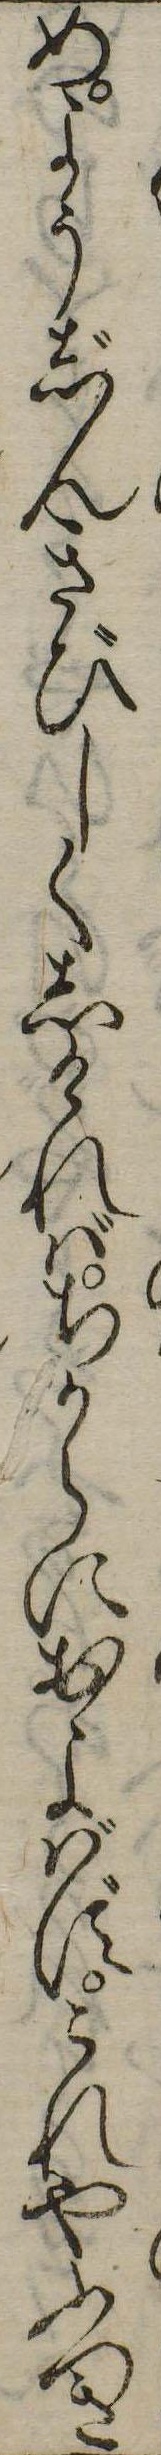
めようじんきびしくしければちからにおよばずこれやふつき